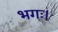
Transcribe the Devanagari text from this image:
भगः।